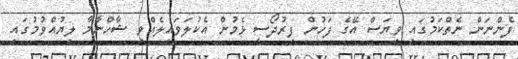
ފެންނަން ނެތްކަމުގައި ވިޔަސް އޭގެ ފަހުން ފިރުދޯސީ ޅެމުން އެކުލަވައިލެއްވި ޝާހްނާމާ ލިޔުއްވުމުގައި